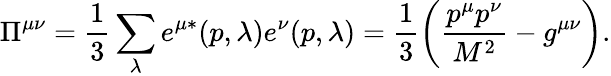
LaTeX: \Pi^{\mu\nu}=\frac{1}{3}\sum_{\lambda}e^{\mu*}(p,\lambda)e^{\nu}(p,\lambda)=\frac{1}{3}\left(\frac{p^{\mu}p^{\nu}}{M^{2}}-g^{\mu\nu}\right).